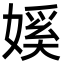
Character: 㜎